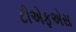
ટીએફએસ